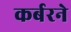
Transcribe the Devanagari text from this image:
कर्बरने